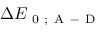
\Delta E _ { \mathrm { ~ 0 ~ ; ~ A ~ - ~ D ~ } }